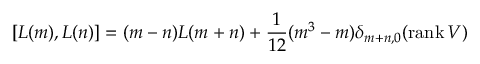
[ L ( m ) , L ( n ) ] = ( m - n ) L ( m + n ) + \frac { 1 } { 1 2 } ( m ^ { 3 } - m ) \delta _ { m + n , 0 } ( \mathrm { r a n k } \, V )